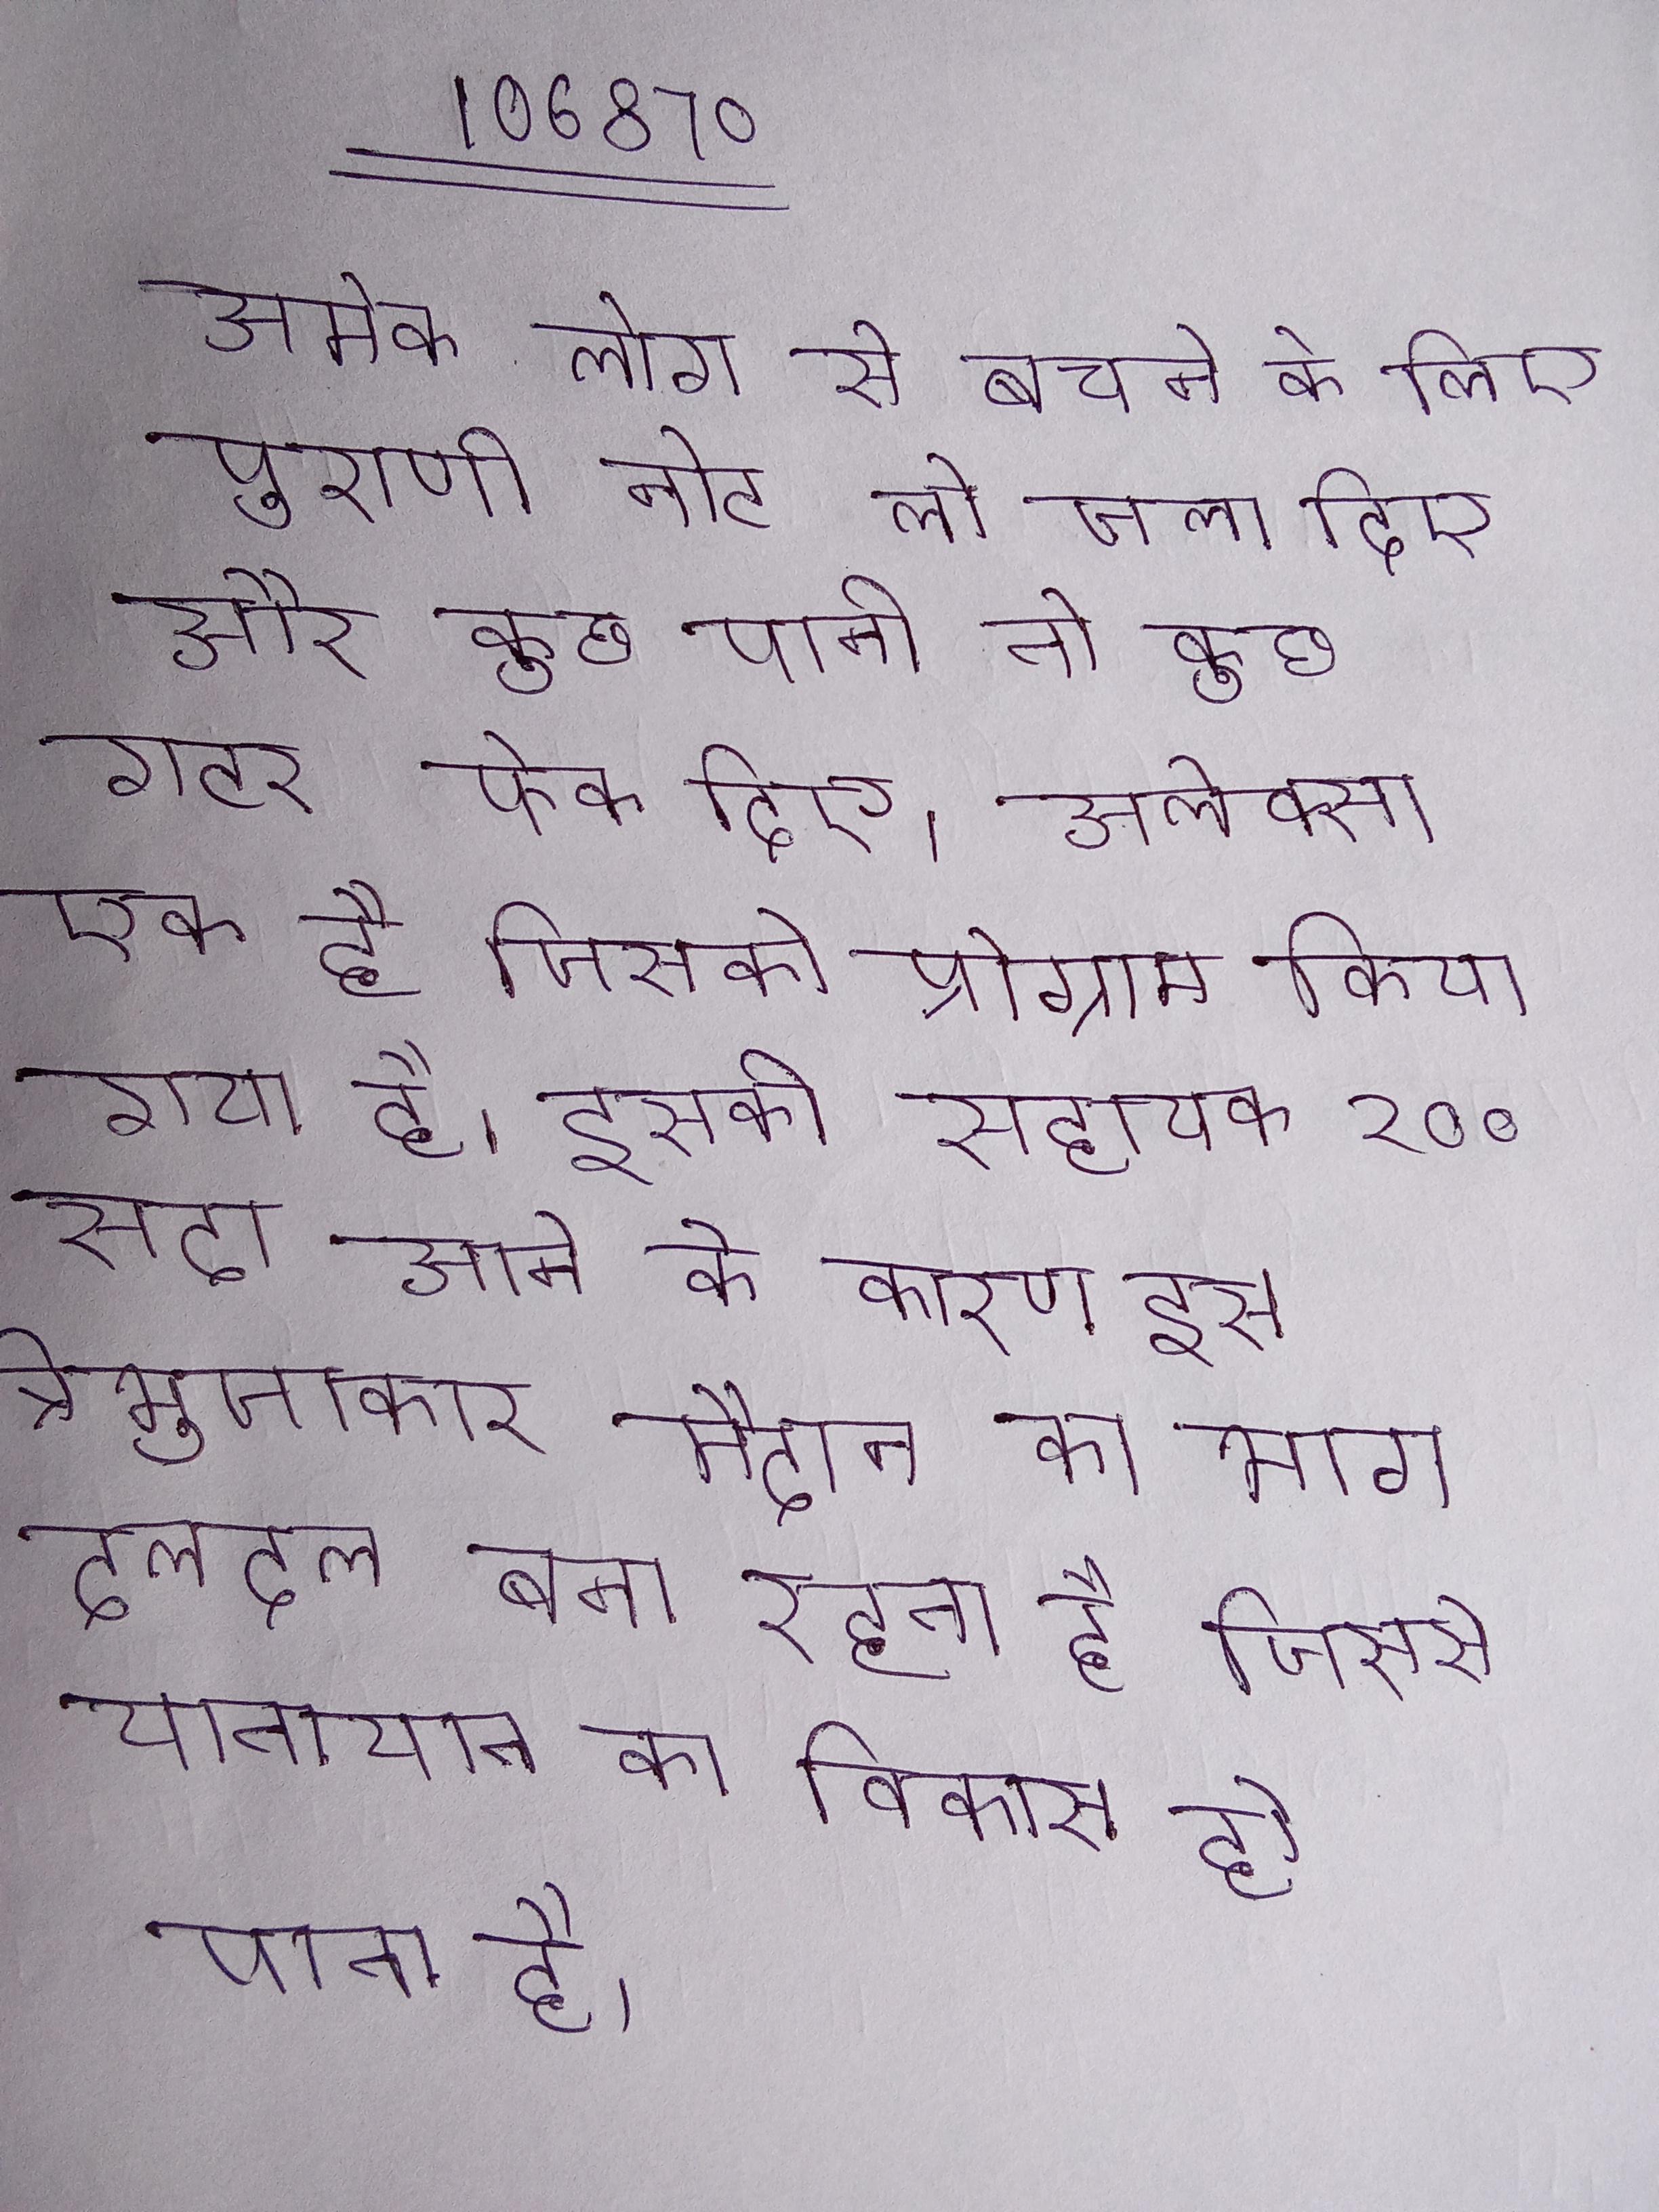
अमेक लोग से बचने के लिए पुराणी नोट लो जला दिए और कुछ पानी तो कुछ गटर फेक दिए । अलेक्सा एक है जिसको प्रोग्राम किया गया है । इसकी सहायक २०० सदा आने के कारण इस त्रिभुजाकार मैदान का भाग दलदल बना रहता है जिससे यातायात का विकास हो पाता है ।